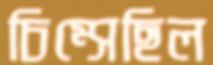
চিম্‌সেছিল